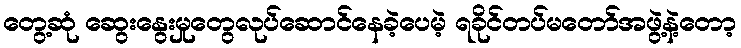
တွေ့ဆုံ ဆွေးနွေးမှုတွေလုပ်ဆောင်နေခဲ့ပေမဲ့ ရခိုင်တပ်မတော်အဖွဲ့နဲ့တော့